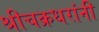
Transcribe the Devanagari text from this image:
श्रीचक्रधरांनी